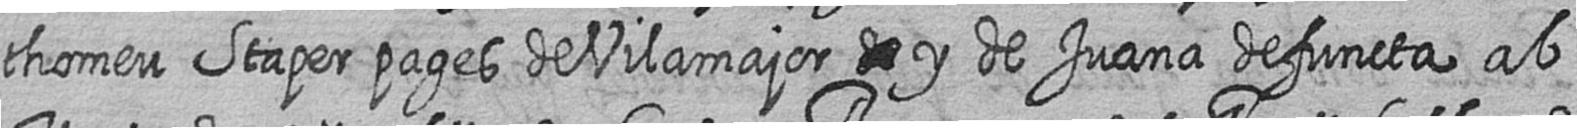
thomeu Staper pages de Vilamajor # y de Juana defuncta ab